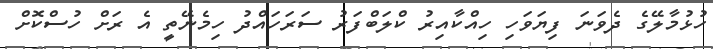
ހުޅުމާލޭގެ ދެވަނަ ފިޔަވަހި ހިއްކާއިރު ކްލަބްފަރު ސަރަހައްދު ހިމެނޭތީ އެ ރަށް ހުސްކޮށް